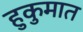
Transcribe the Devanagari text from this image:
हुकुमात